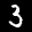
Label: 3